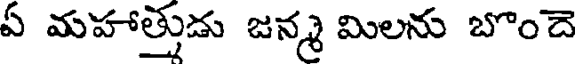
ఏ మహాత్తుడు జన్మ మిలను బొందె